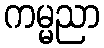
ကမ္မညာ